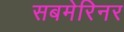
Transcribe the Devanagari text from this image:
सबमेरिनर